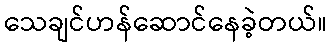
သေချင်ဟန်ဆောင်နေခဲ့တယ်။